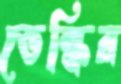
ভেল্কির